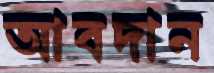
আবদান